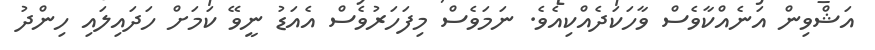
އަޝްވިން އަނެއްކާވެސް ވާހަކަދެއްކިއެވެ. ނަމަވެސް މިފަހަރުވެސް އެއަޑު ނީވޭ ކަމަށް ހަދައިލައި ހިންދު